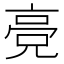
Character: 𬴔